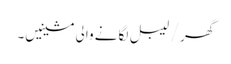
گھر / لیبل لگانے والی مشینیں۔